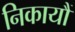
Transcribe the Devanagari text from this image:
निकायौं